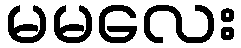
မမလေး